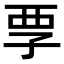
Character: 𡥟